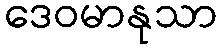
ဒေဝမာနုသာ